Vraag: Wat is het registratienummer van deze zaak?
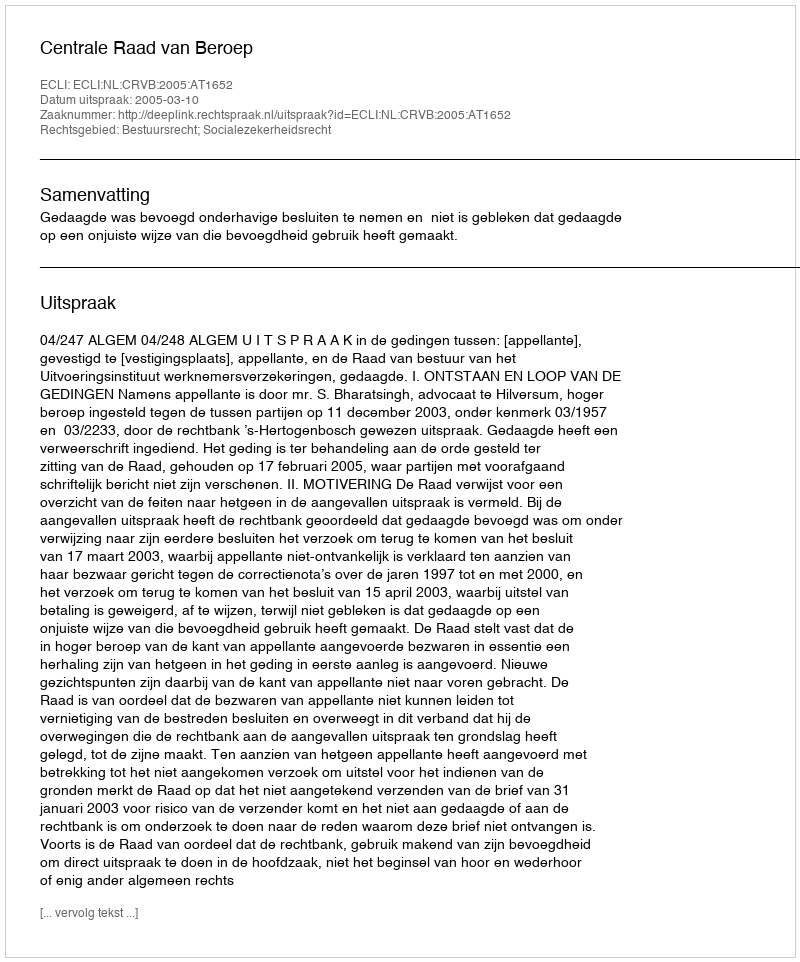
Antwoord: http://deeplink.rechtspraak.nl/uitspraak?id=ECLI:NL:CRVB:2005:AT1652